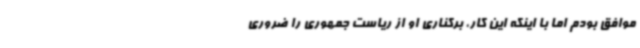
موافق بودم اما با اینکه این کار، برکناری او از ریاست جمهوری را ضروری